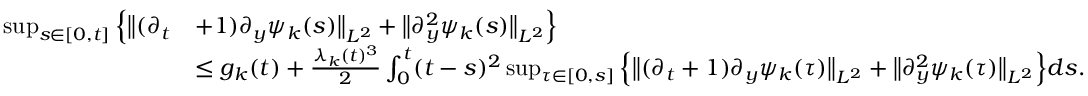
\begin{array} { r l } { \operatorname* { s u p } _ { s \in [ 0 , t ] } \Big \{ \big \| ( \partial _ { t } } & { + 1 ) \partial _ { y } \psi _ { k } ( s ) \big \| _ { L ^ { 2 } } + \big \| \partial _ { y } ^ { 2 } \psi _ { k } ( s ) \big \| _ { L ^ { 2 } } \Big \} } \\ & { \leq g _ { k } ( t ) + \frac { \lambda _ { k } ( t ) ^ { 3 } } { 2 } \int _ { 0 } ^ { t } ( t - s ) ^ { 2 } \operatorname* { s u p } _ { \tau \in [ 0 , s ] } \Big \{ \big \| ( \partial _ { t } + 1 ) \partial _ { y } \psi _ { k } ( \tau ) \big \| _ { L ^ { 2 } } + \big \| \partial _ { y } ^ { 2 } \psi _ { k } ( \tau ) \big \| _ { L ^ { 2 } } \Big \} d s . } \end{array}